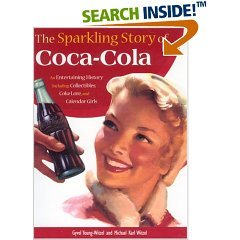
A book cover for The Sparkling Story of Coca-Cola An Entertaining History Including Collectibles, Coke Lore, and Calendar Girls; Crafts, Hobbies & Home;